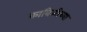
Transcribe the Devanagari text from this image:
काविळीच्या